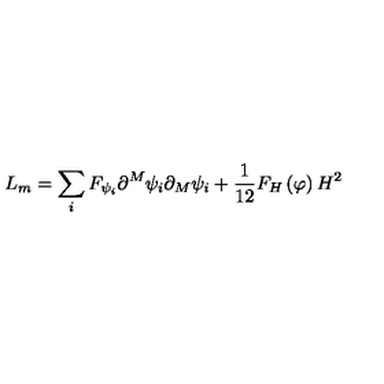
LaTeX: L _ { m } = \sum _ { i } F _ { \psi _ { i } } \partial ^ { M } \psi _ { i } \partial _ { M } \psi _ { i } + \frac 1 { 1 2 } F _ { H } \left( \varphi \right) H ^ { 2 }